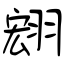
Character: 翝